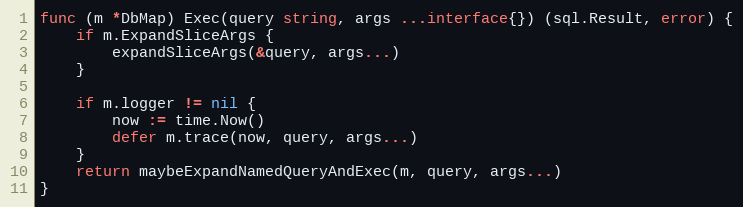
Language: Go
func (m *DbMap) Exec(query string, args ...interface{}) (sql.Result, error) {
	if m.ExpandSliceArgs {
		expandSliceArgs(&query, args...)
	}

	if m.logger != nil {
		now := time.Now()
		defer m.trace(now, query, args...)
	}
	return maybeExpandNamedQueryAndExec(m, query, args...)
}